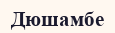
Дюшамбе